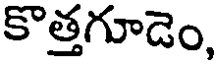
కొత్తగూడెం,